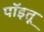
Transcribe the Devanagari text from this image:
पॉइतू